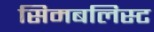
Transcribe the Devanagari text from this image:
सिमबलिस्ट